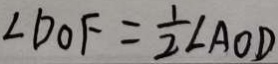
\angle D O F = \frac { 1 } { 2 } \angle A O D